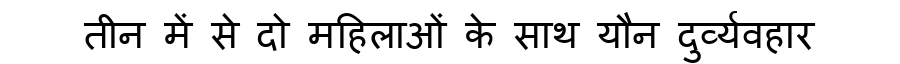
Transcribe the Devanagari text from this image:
तीन में से दो महिलाओं के साथ यौन दुर्व्यवहार